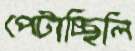
পেটাচ্ছিলি